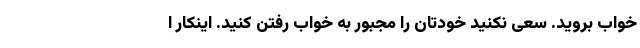
خواب بروید. سعی نکنید خودتان را مجبور به خواب رفتن کنید. اینکار ا